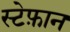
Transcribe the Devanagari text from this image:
स्टेफ़ान